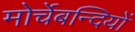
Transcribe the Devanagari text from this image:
मोर्चेबन्दियों